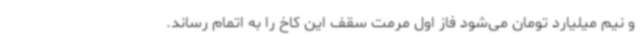
و نیم میلیارد تومان می‌شود فاز اول مرمت سقف این کاخ را به اتمام رساند.